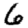
Digit: 6